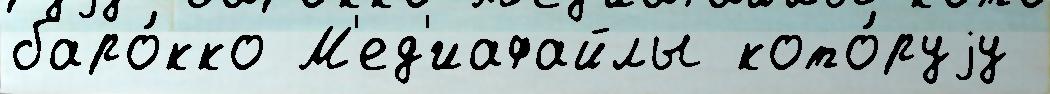
баро́кко М'ед'иафайлы кото́руjу